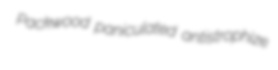
Packwood paniculated antistrophize